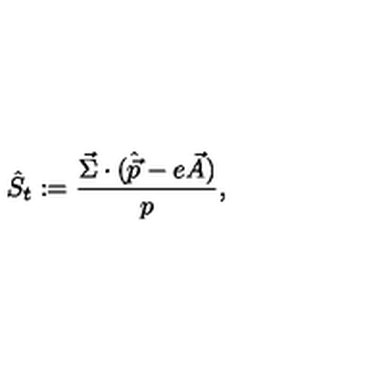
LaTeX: \hat { S } _ { t } : = { \frac { \vec { \Sigma } \cdot ( \hat { \vec { p } } - e \vec { A } ) } { p } } ,